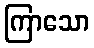
ကြာသော